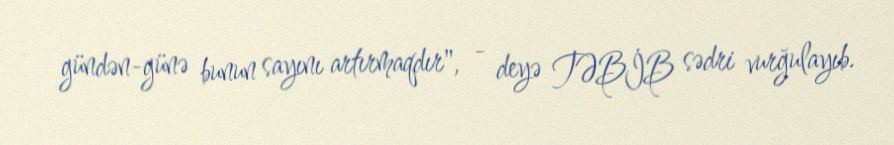
gündən-günə bunun sayını artırmaqdır", - deyə TƏBİB sədri vurğulayıb.